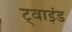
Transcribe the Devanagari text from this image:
ट्वाइंड